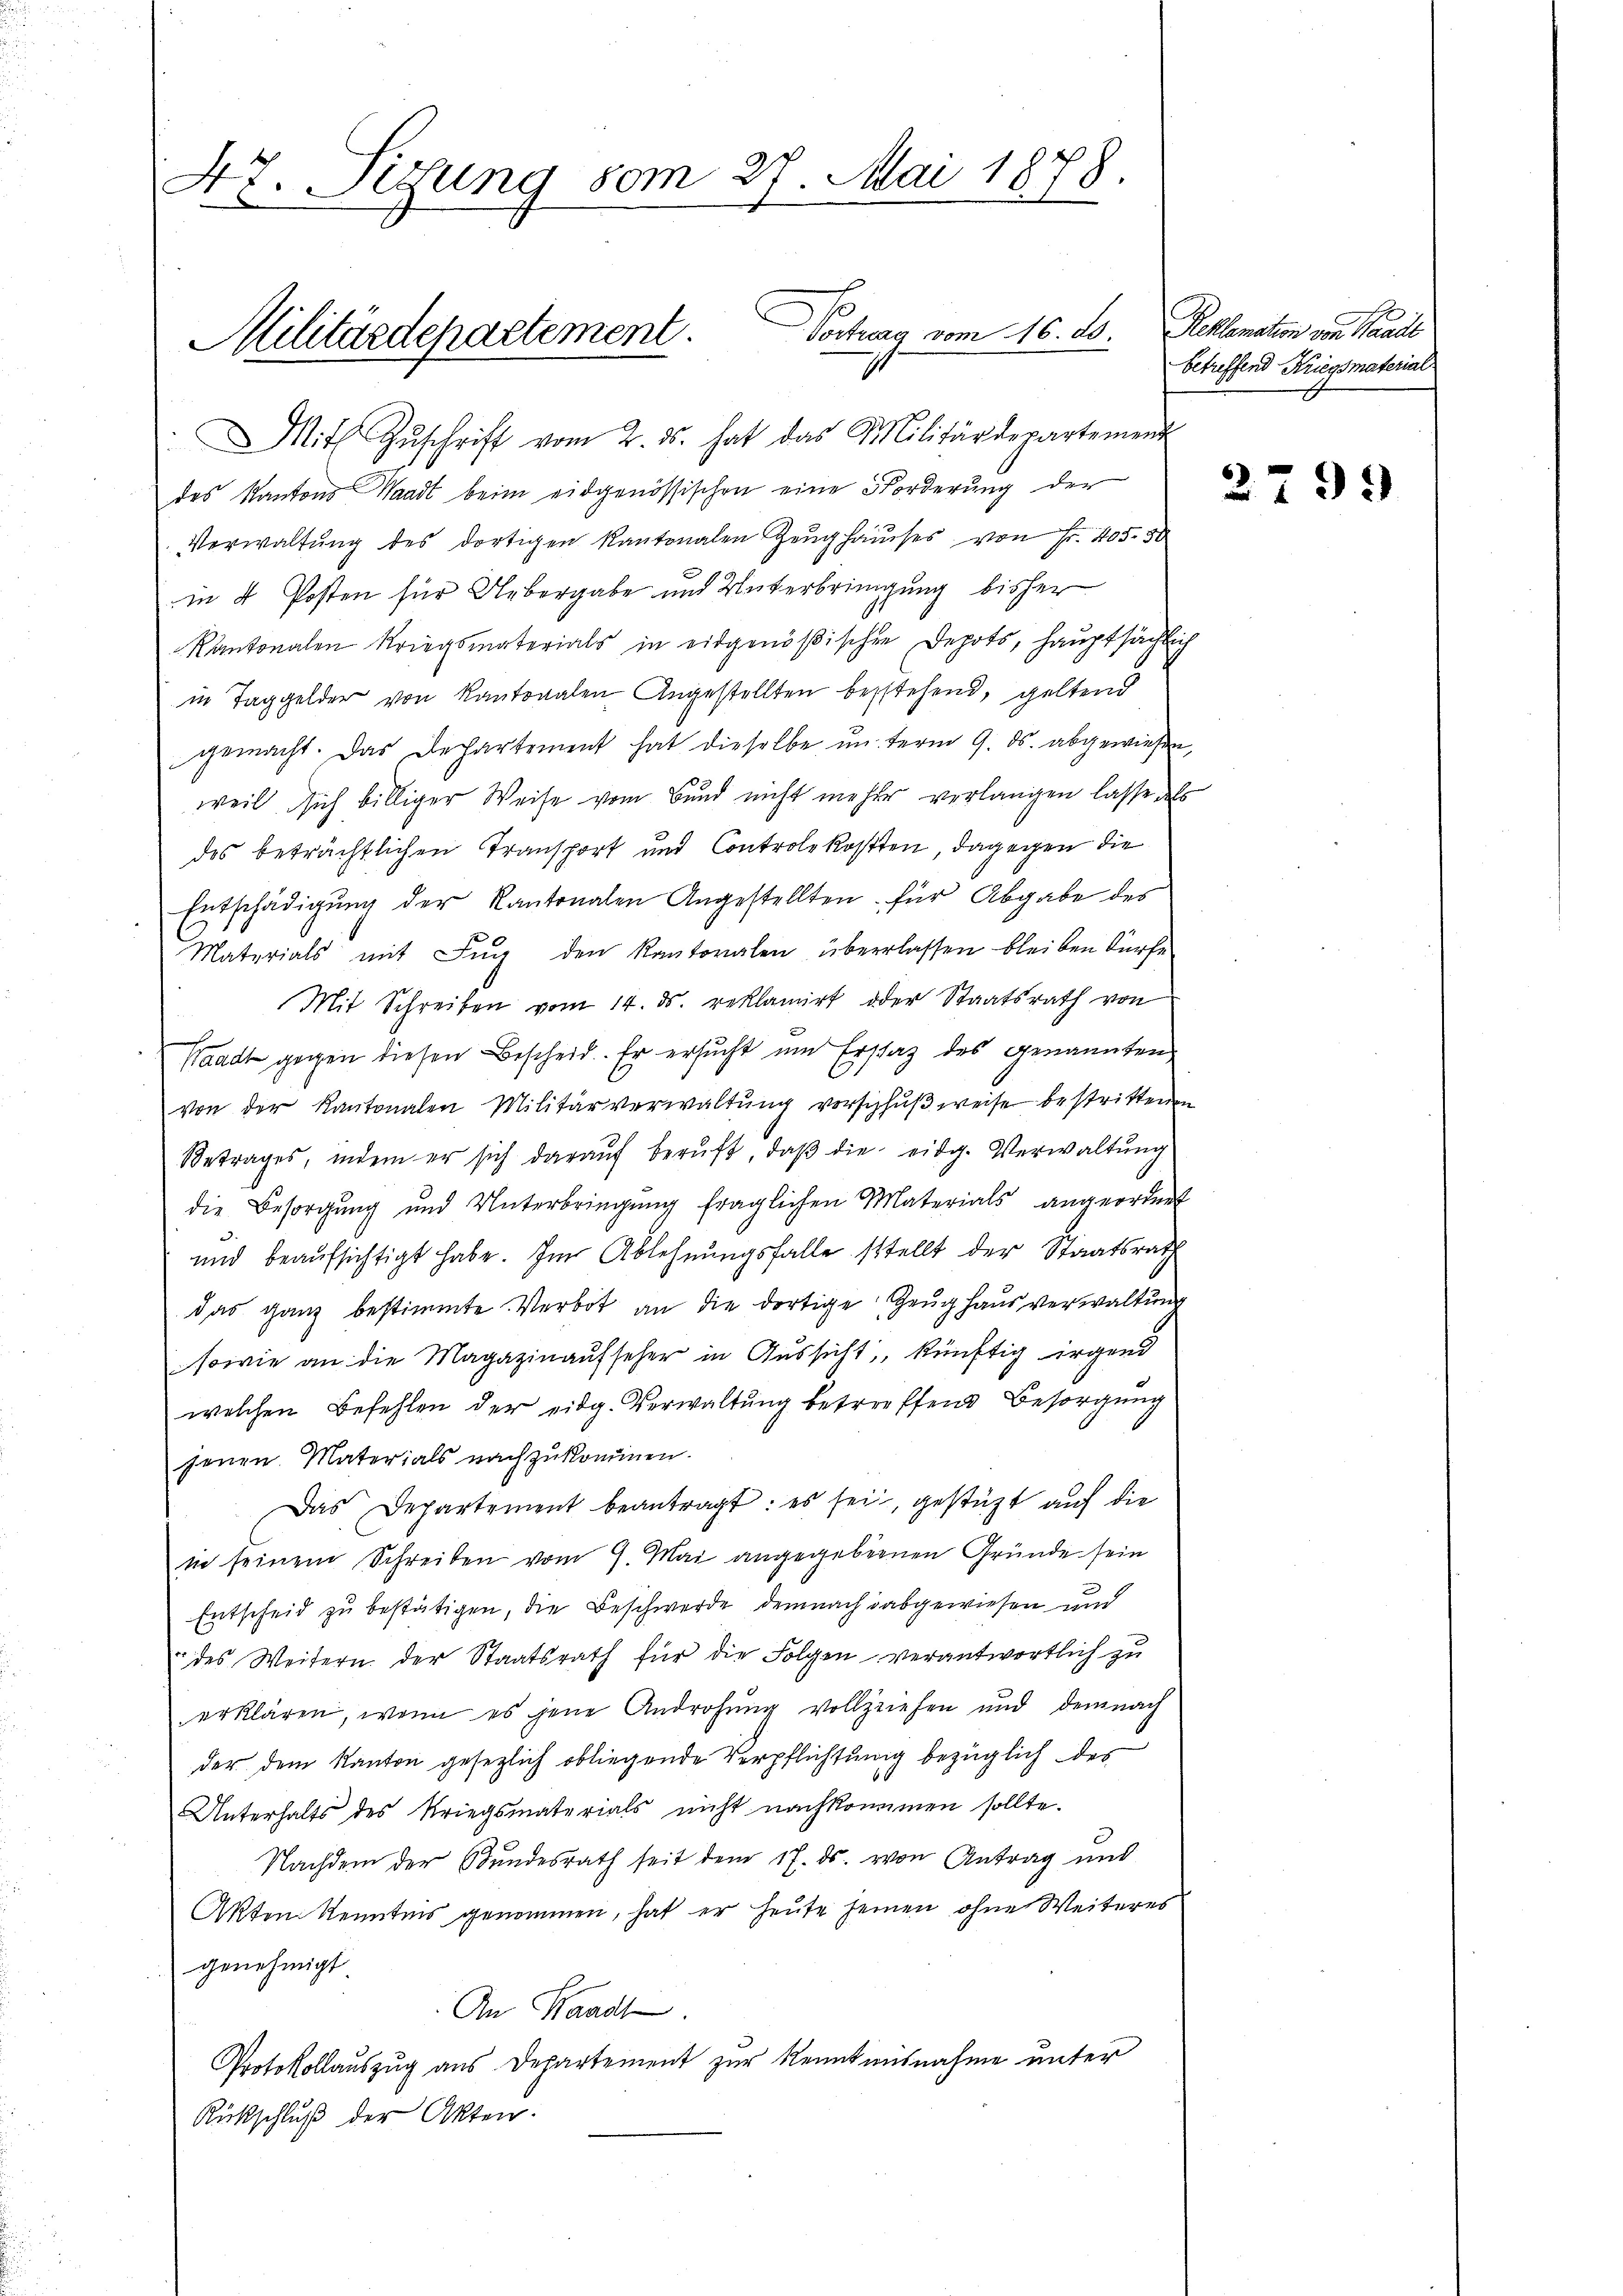
47. Sizung vom 27. Mai 1878.

Mit Zŭschrift vom 2. ds. hat das Militärdepartement
des Kantons Waadt beim eidgenössischen eine Forderung der
Verwaltung des dortigen Kantonalen Zeughausses von Fr. 405. 30
in 4 Posten für Uebergabe und Unterbringung bisher
Kantonalen Kriegsmaterials in eidgenößischen Depots, hauptsächlich
in Taggelder von Kantonalen Angestellten bestehend, geltend
gemacht. Das Departement hat dieselbe ŭnterm 9. ds. abgewiesen,
weil sich billiger Weise vom Bund nicht mehrer verlangen lasse als
des beträchtlichen Transport und Controlekosten, dagegen die
Entschädigŭng der Kantonalen Angestellten für Abgabe des
Materials mit Fug den Kantonalen überlassen bleiben dürfe
Mit Schreiben vom 14. ds. reklamirt oder Staatsrath von
Waadt gegen diesen Bescheid. Er ersucht um Erstag des genannten
von der Kantonalen Militärverwaltŭng vorschhŭβweise bestrittenen
Betrages, indem er sich daraŭf berŭft, daβ die eidg. Verwaltung
die Besorgŭng und Unterbringŭng fraglichen Materials angeordnet
und beaufsichtigt habe. Im Ablehnŭngsfalle stellt der Staatsrath
das ganz bestimmte Verbot an die dortige Zeughaus verwaltung
sowie an die Magazinaufseher in Aussicht, künftig irgend
welchen Befehlen der eidg. Verwaltung betreffend Besorgung
jenen Materials nachzukommen.
Das Departement beantragt: es sei, gestützt auf die
in seinem Schreiben vom 9. Mai angegebenen Gründe sein
Entscheid zu bestätigen, die Beschwerde demnach dabgewiesen und
des Weitern der Staatsrath für die Folgen verantwortlich zu
erklären, wenn es jene Androhung vollziehen und demnach
der dem Kanton gesezlich obliegende Verpflichtung bezüglich des
Unterhalts des Kriegsmaterials nicht nachkommen sollte.
Nachdem der Bundesrath seit dem 17. ds. von Antrag und
Okten Kenntnis genommen, hat er heute seinen ohne Weiteres
genehmigt
An Waadt.
Protokollauszug aus Departement zur Kenntnisnahme unter
Rückschluß der Akten.

Vortrag vom 16. ds. Kellemation von Marie
Militärdepartement.

betreffend Kriegsmaterial

2793